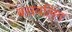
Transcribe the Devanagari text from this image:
बसवलिंग